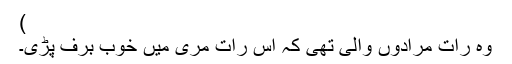
)
وہ رات مرادوں والی تھی کہ اس رات مری میں خوب برف پڑی۔